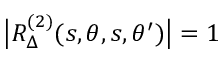
\big | R _ { \Delta } ^ { ( 2 ) } ( s , \theta , s , \theta ^ { \prime } ) \big | = 1